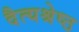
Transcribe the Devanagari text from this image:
दैत्यश्रेष्ठ